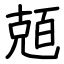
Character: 兡